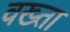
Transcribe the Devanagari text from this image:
वख्‍ता